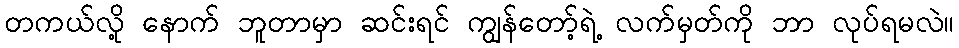
တကယ်လို့ နောက် ဘူတာမှာ ဆင်းရင် ကျွန်တော့်ရဲ့ လက်မှတ်ကို ဘာ လုပ်ရမလဲ။